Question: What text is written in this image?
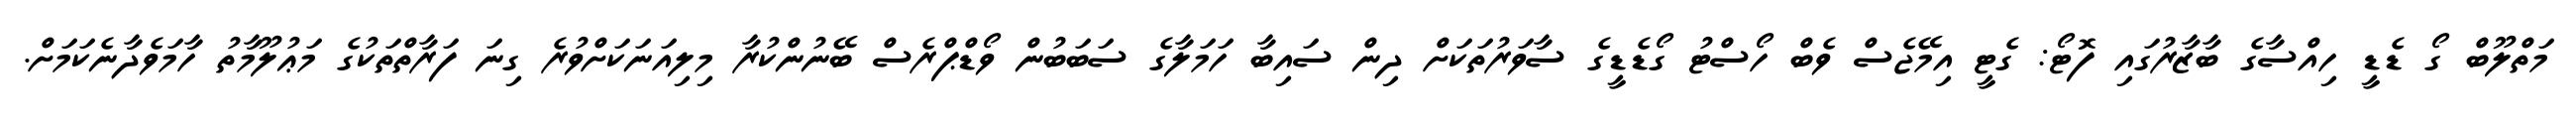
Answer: މަތްލޫބް ގޯ ޑެޑީ ހިއްސާގެ ބާޒާރުގައި ފޮޓޯ: ގެޓީ އިމޭޖެސް ވެބް ހޯސްޓު ގޯޑެޑީގެ ސާވަރުތަކަށް ދިން ސައިބާ ހަމަލާގެ ސަބަބުން ވޯޑްޕްރެސް ބޭނުންކުރާ މިލިއަނަކަށްވުރެ ގިނަ ފަރާތްތަކުގެ މަޢުލޫމާތު ހާމަވެދާނެކަމަށް.